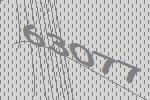
63077